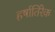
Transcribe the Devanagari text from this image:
हर्षातिरेक